Scottish Leaving Certificate Examination, 1958
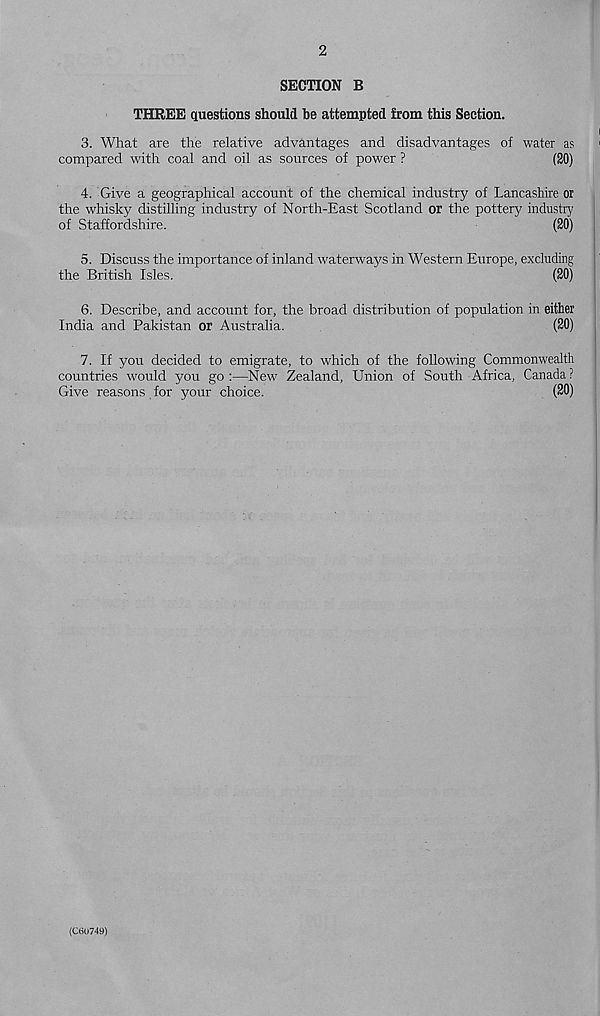
2
SECTION B
THREE questions should be attempted from this Section.
3. What are the relative advantages and disadvantages of water as
compared with coal and oil as sources of power ?
(20)
4. Give a geographical account of the chemical industry of Lancashire or
the whisky distilling industry of North-East Scotland or the pottery industry
of Staffordshire.
(20)
5. Discuss the importance of inland waterways in Western Eitrope, excluding
the British Isles.
(20)
6. Describe, and account for, the broad distribution of population in either
India and Pakistan or Australia.
(20)
7. If you decided to emigrate, to which of the following Commonwealth
countries would you go :—New Zealand, Union of South Africa, Canada ?
Give reasons for your choice.
(20)
(CB0749)